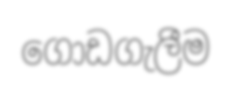
ගොඩගැලීම